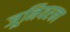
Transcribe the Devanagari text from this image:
जूनियरका